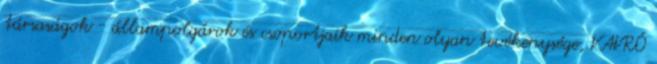
társaságok - állampolgárok és csoportjaik minden olyan tevékenysége, VAVRÓ